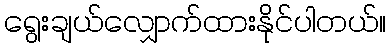
ရွေးချယ်လျှောက်ထားနိုင်ပါတယ်။